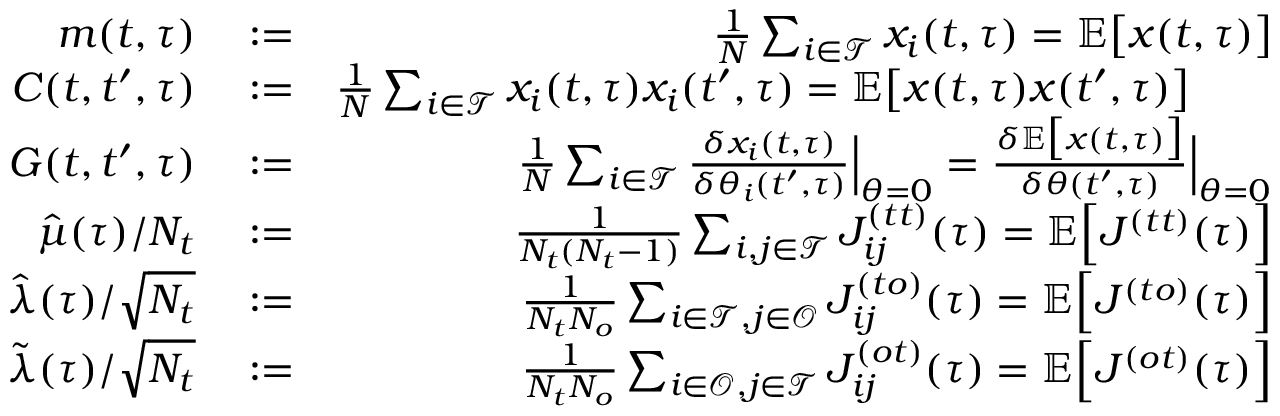
\begin{array} { r l r } { m ( t , \tau ) } & { { } : = } & { \frac { 1 } { N } \sum _ { i \in \mathcal { T } } x _ { i } ( t , \tau ) = \mathbb { E } \big [ x ( t , \tau ) \big ] } \\ { C ( t , t ^ { \prime } , \tau ) } & { { } : = } & { \frac { 1 } { N } \sum _ { i \in \mathcal { T } } x _ { i } ( t , \tau ) x _ { i } ( t ^ { \prime } , \tau ) = \mathbb { E } \big [ x ( t , \tau ) x ( t ^ { \prime } , \tau ) \big ] \qquad } \\ { G ( t , t ^ { \prime } , \tau ) } & { { } : = } & { \frac { 1 } { N } \sum _ { i \in \mathcal { T } } \frac { \delta x _ { i } ( t , \tau ) } { \delta \theta _ { i } ( t ^ { \prime } , \tau ) } \Big | _ { \theta = 0 } = \frac { \delta \mathbb { E } \big [ x ( t , \tau ) \big ] } { \delta \theta ( t ^ { \prime } , \tau ) } \Big | _ { \theta = 0 } } \\ { \hat { \mu } ( \tau ) / N _ { t } } & { { } : = } & { \frac { 1 } { N _ { t } ( N _ { t } - 1 ) } \sum _ { i , j \in \mathcal { T } } J _ { i j } ^ { ( t t ) } ( \tau ) = \mathbb { E } \Big [ J ^ { ( t t ) } ( \tau ) \Big ] } \\ { \hat { \lambda } ( \tau ) / \sqrt { N _ { t } } } & { { } : = } & { \frac { 1 } { N _ { t } N _ { o } } \sum _ { i \in \mathcal { T } , j \in \mathcal { O } } J _ { i j } ^ { ( t o ) } ( \tau ) = \mathbb { E } \Big [ J ^ { ( t o ) } ( \tau ) \Big ] } \\ { \tilde { \lambda } ( \tau ) / \sqrt { N _ { t } } } & { { } : = } & { \frac { 1 } { N _ { t } N _ { o } } \sum _ { i \in \mathcal { O } , j \in \mathcal { T } } J _ { i j } ^ { ( o t ) } ( \tau ) = \mathbb { E } \Big [ J ^ { ( o t ) } ( \tau ) \Big ] } \end{array}